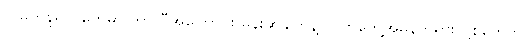
လူမှုကွန်ရက်တွေမှာ ဘာလီအကြောင်း မှန်းဆချက်နဲ့ လက်တွေ့အမှန်တရား ပို့စ်တွေက